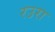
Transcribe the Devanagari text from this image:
रउरा